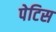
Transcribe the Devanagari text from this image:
पेटिस